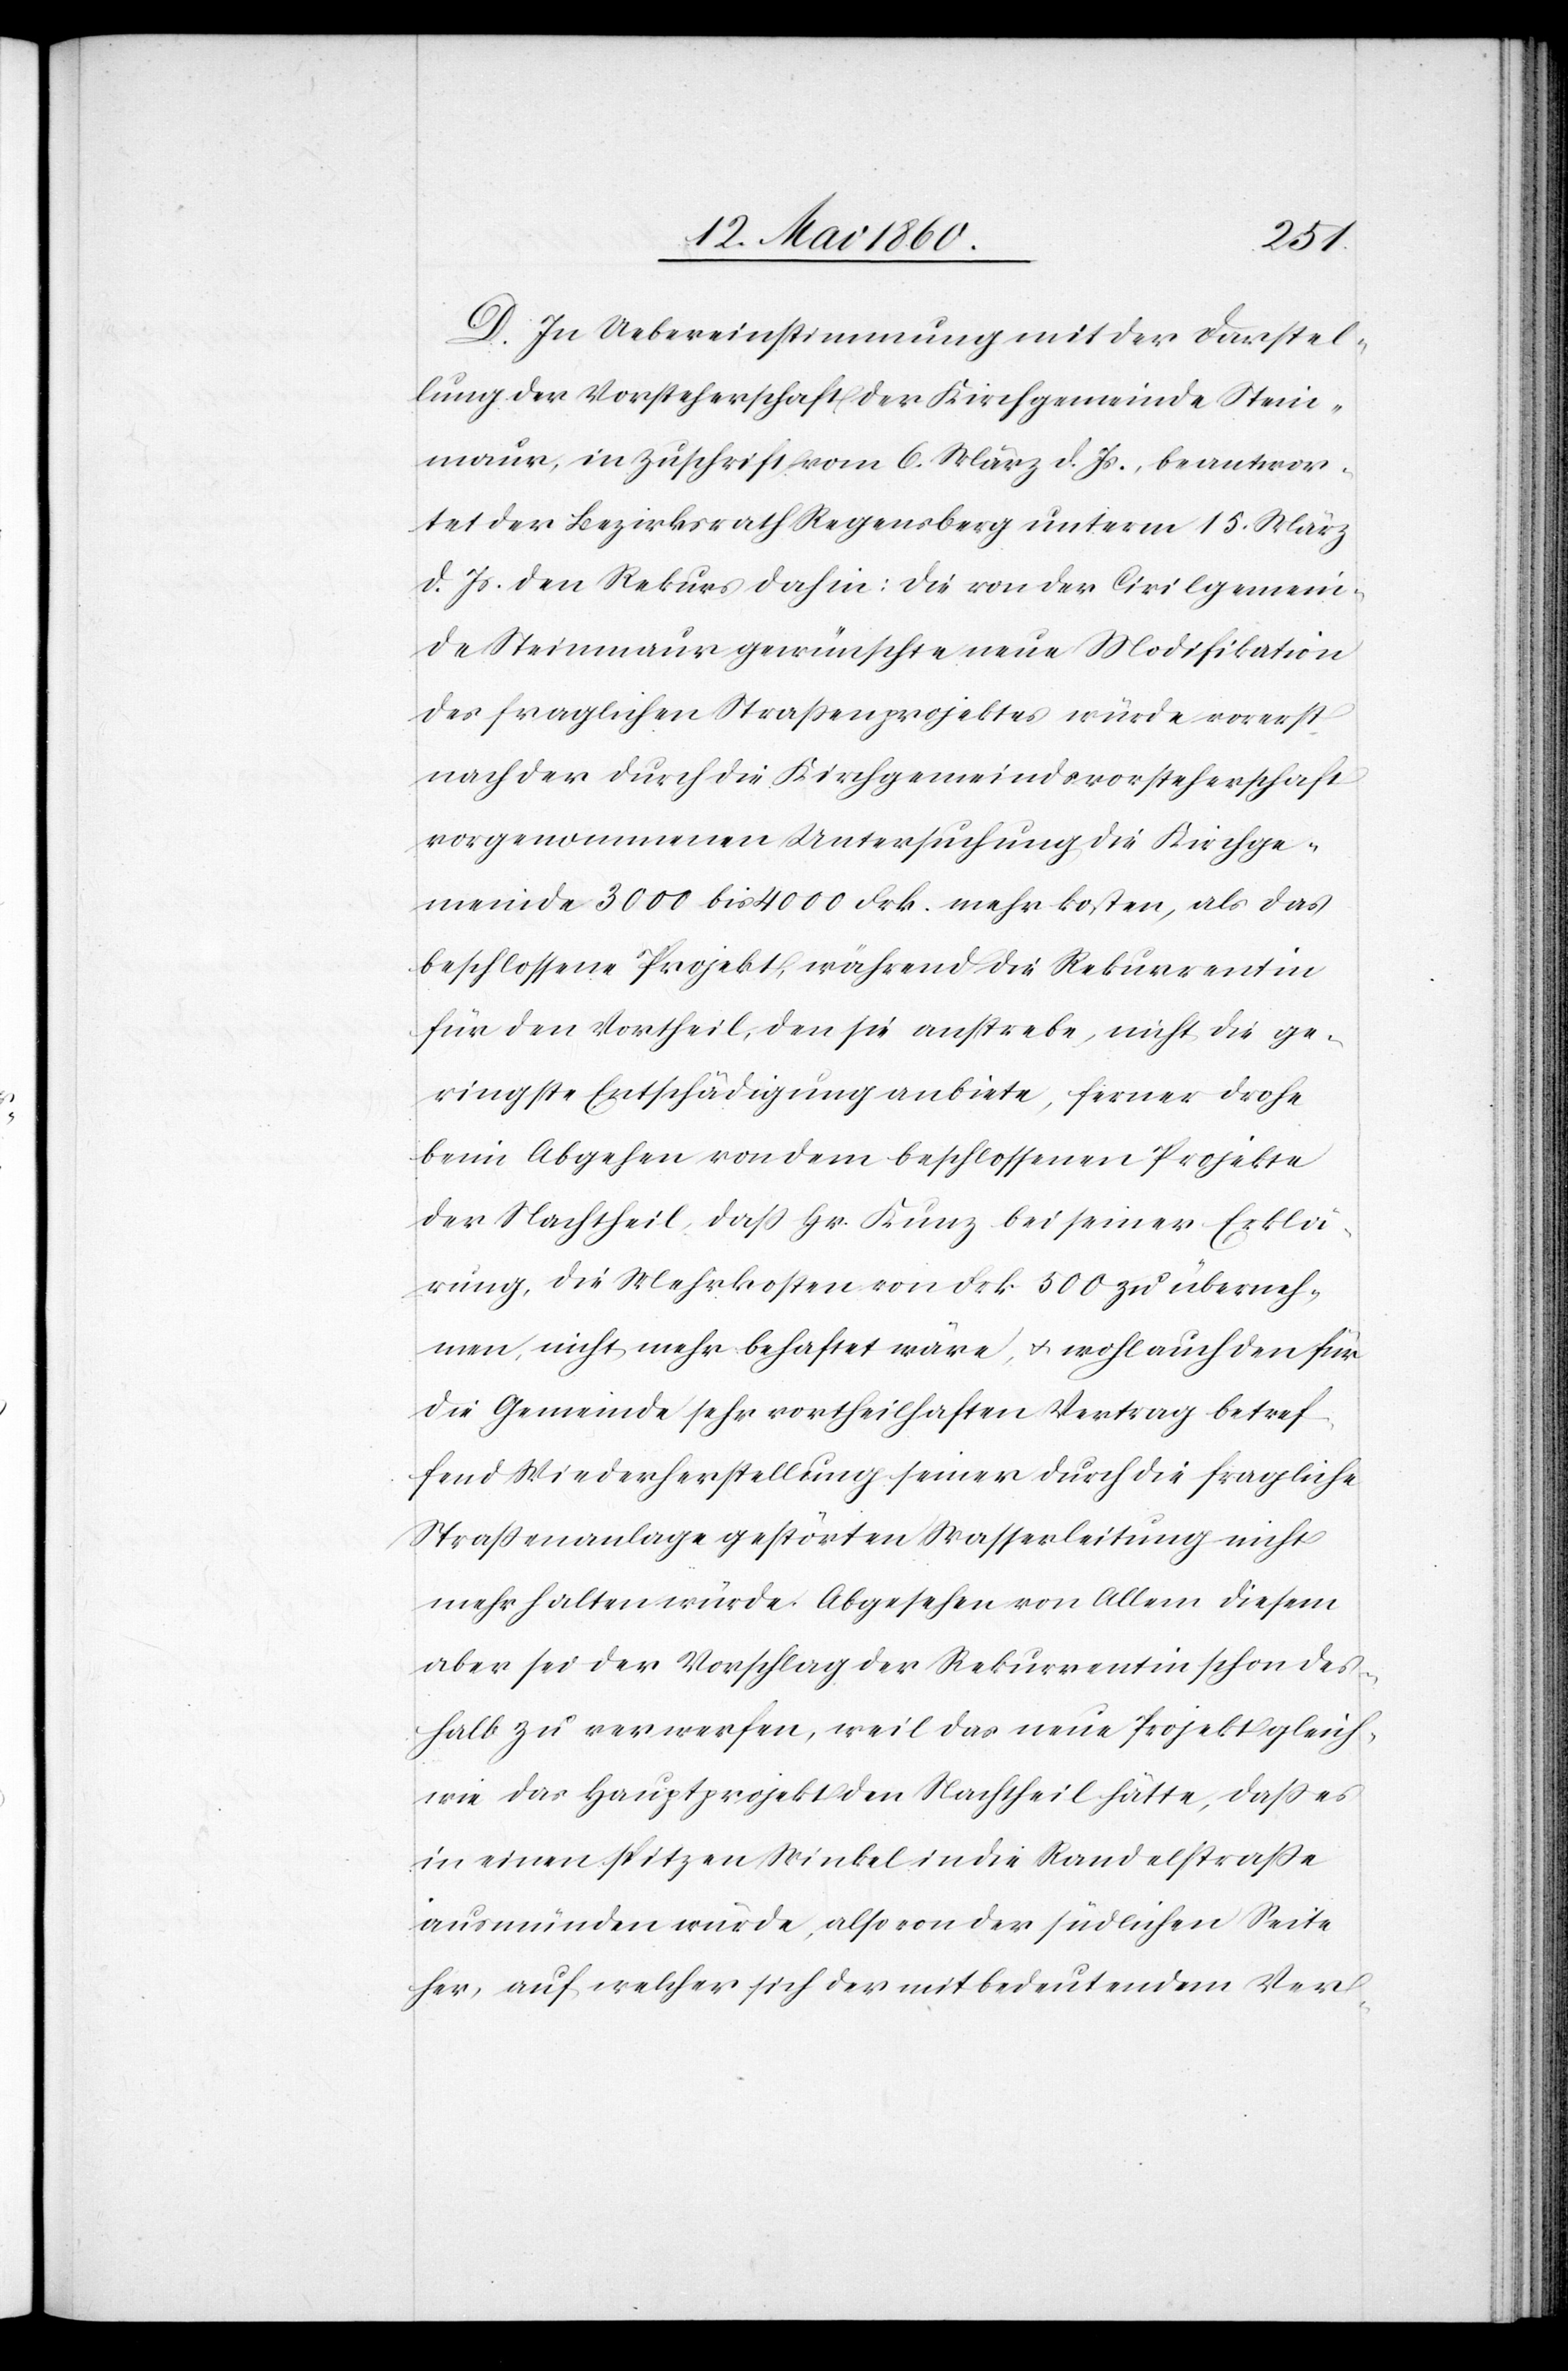
D. In Uebereinstimmung mit der Darstel¬
lung der Vorsteherschaft der Kirchgemeinde Stein¬
maur, in Zuschrift vom 6. März d. Js., beantwor¬
tet der Bezirksrath Regensberg unterm 15. März
d. Js. den Rekurs dahin: die von der Civilgemein¬
de Steinmaur gewünschte neue Modifikation
des fraglichen Strassenprojektes würde vorerst
nach der durch die Kirchgemeindsvorsteherschaft
vorgenommenen Untersuchung die Kirchge¬
meinde 3000 bis 4000 Frk. mehr kosten, als das
beschlossene Projekt, während die Rekurrentin
für den Vortheil, den sie anstrebe, nicht die ge¬
ringste Entschädigung anbiete, ferner drohe
beim Abgehen von dem beschlossenen Projekte
der Nachtheil, dass Hr. Kunz bei seiner Erklä¬
rung, die Mehrkosten von Frk. 500 zu überneh¬
men, nicht mehr behaftet wäre, u. wohl auch den für
die Gemeinde sehr vortheilhaften Vertrag betref¬
fend Wiederherstelllung seiner durch die fragliche
Strassenanlage gestörten Wasserleitung nicht
mehr halten würde. Abgesehen von Allem diesem
aber sei der Vorschlag der Rekurrentin schon des¬
halb zu verwerfen, weil das neue Projekt gleich
wie das Hauptprojekt den Nachtheil hätte, dass es
in einen spitzen Winkel in die Randelstrasse
ausmünden würde, also von der südlichen Seite
her, auf welcher sich der mitbedeutenden Ver-